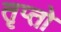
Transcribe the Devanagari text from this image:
तृप्तो